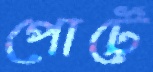
পোর্টে